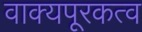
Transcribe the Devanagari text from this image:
वाक्यपूरकत्व